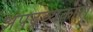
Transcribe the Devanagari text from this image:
अपद्रव्यकारी